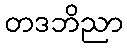
တဒဘိညာ